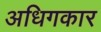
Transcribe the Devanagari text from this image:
अधिगकार